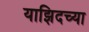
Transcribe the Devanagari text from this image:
याझिदच्या